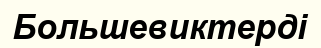
Большевиктерді